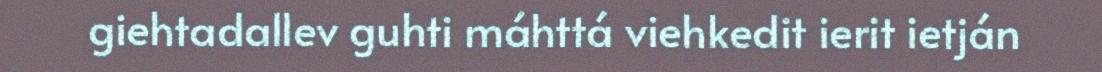
giehtadallev guhti máhttá viehkedit ierit ietján